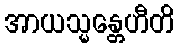
အာယသ္မန္တေဟီတိ